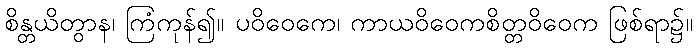
စိန္တယိတွာန၊ ကြံကုန်၍။ ပဝိဝေကေ၊ ကာယဝိဝေကစိတ္တဝိဝေက ဖြစ်ရာ၌။